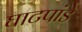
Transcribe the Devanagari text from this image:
घाटपांडे